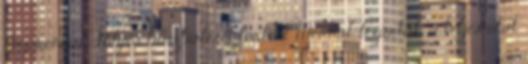
Sopronnál Súlyos buszbaleset történt Mórnál, lezárták a teljes utat